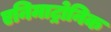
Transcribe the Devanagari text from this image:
एनिमाट्रोनिक